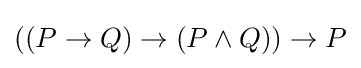
((P\to Q)\to (P\land Q))\to P